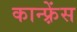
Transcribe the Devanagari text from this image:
कान्फ़्रेंस